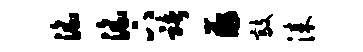
淫淫下褚薤敲漆